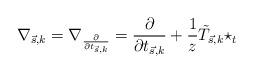
LaTeX: \begin{align*}\nabla_{\vec s,k}=\nabla_{\frac{\partial}{\partial t_{\vec s,k}}}=\frac{\partial}{\partial t_{\vec s,k}}+\frac{1}{z}\tilde{T}_{\vec s,k}\star_t \end{align*}